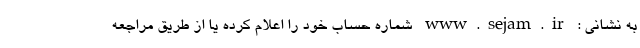
به نشانی : www.sejam.ir شماره حساب خود را اعلام کرده یا از طریق مراجعه